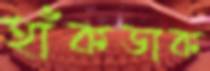
হাঁকডাক